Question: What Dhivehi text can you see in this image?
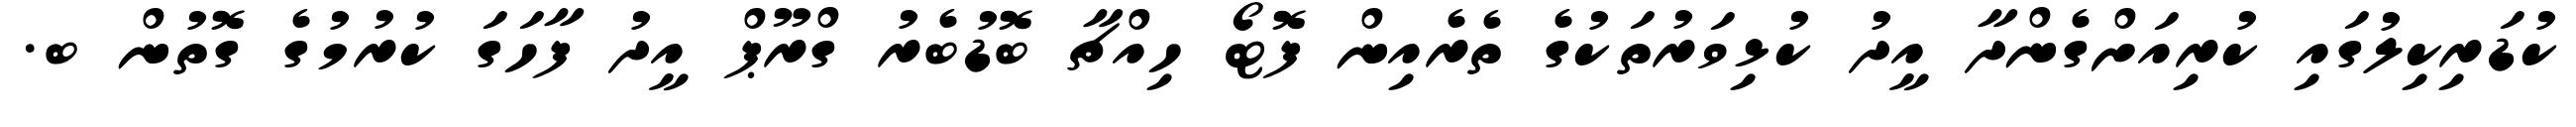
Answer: ކުޑަރިކިލުގައި ކުރިއަށްގެންދާ އީދު ކުޅިވަރުތަކުގެ ތެރެއިން ފޮޓޯ ހިއްޗާ ބޮޑުބެރު ގްރޫޕް އީދު ފާހަގަ ކުރުމުގެ ގޮތުން ބ.